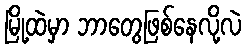
မြို့ထဲမှာ ဘာတွေဖြစ်နေလို့လဲ